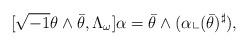
LaTeX: \begin{align*}[\sqrt{-1}\theta \wedge\bar{\theta},\Lambda_\omega]\alpha=\bar{\theta}\wedge(\alpha\llcorner(\bar{\theta})^\sharp),\end{align*}